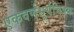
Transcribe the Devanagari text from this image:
एकवर्णसूर्यचित्रक